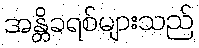
အန္တိခရစ်များသည်